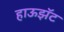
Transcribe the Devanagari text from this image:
हाऊझॅट